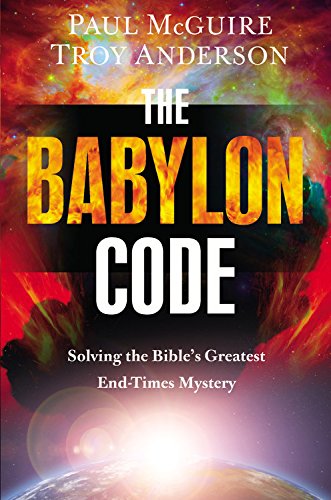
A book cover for The Babylon Code: Solving the Bible's Greatest End-Times Mystery; Paul McGuire; Christian Books & Bibles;